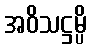
အဝိသဋ္ဌမ္ပိ